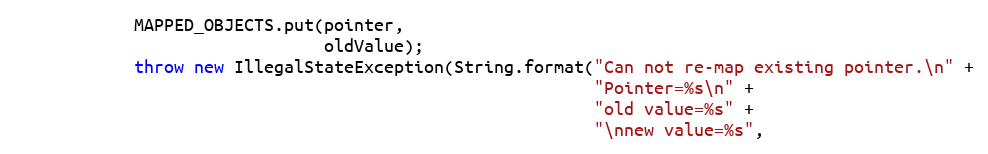
Language: Java
            MAPPED_OBJECTS.put(pointer,
                               oldValue);
            throw new IllegalStateException(String.format("Can not re-map existing pointer.\n" +
                                                          "Pointer=%s\n" +
                                                          "old value=%s" +
                                                          "\nnew value=%s",